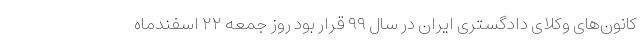
کانون‌های وکلای دادگستری ایران در سال ۹۹ قرار بود روز جمعه ۲۲ اسفندماه